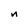
Character: n